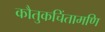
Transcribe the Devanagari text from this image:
कौतुकचिंतामणि